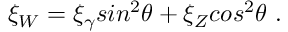
\xi _ { W } = \xi _ { \gamma } s i n ^ { 2 } \theta + \xi _ { Z } c o s ^ { 2 } \theta ~ .